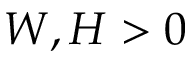
W , H > 0